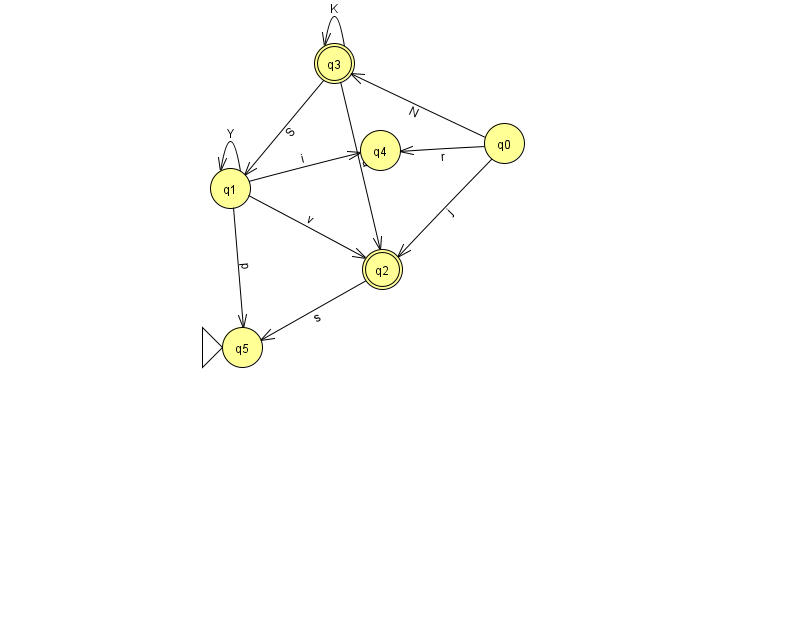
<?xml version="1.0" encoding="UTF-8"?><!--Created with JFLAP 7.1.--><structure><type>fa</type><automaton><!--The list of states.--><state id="0" name="q0"><x>504.0</x><y>130.0</y></state><state id="1" name="q1"><x>230.0</x><y>175.0</y></state><state id="2" name="q2"><x>382.0</x><y>256.0</y><final/></state><state id="3" name="q3"><x>334.0</x><y>50.0</y><final/></state><state id="4" name="q4"><x>380.0</x><y>137.0</y></state><state id="5" name="q5"><x>242.0</x><y>334.0</y><initial/></state><!--The list of transitions.--><transition><from>1</from><to>2</to><read>v</read></transition><transition><from>1</from><to>5</to><read>p</read></transition><transition><from>3</from><to>1</to><read>S</read></transition><transition><from>1</from><to>4</to><read>i</read></transition><transition><from>2</from><to>5</to><read>s</read></transition><transition><from>3</from><to>2</to><read>a</read></transition><transition><from>0</from><to>2</to><read>j</read></transition><transition><from>1</from><to>1</to><read>Y</read></transition><transition><from>0</from><to>3</to><read>N</read></transition><transition><from>3</from><to>3</to><read>K</read></transition><transition><from>0</from><to>4</to><read>r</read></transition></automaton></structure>